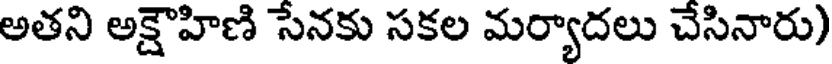
అతని అక్షౌహిణి సేనకు సకల మర్యాదలు చేసినారు)